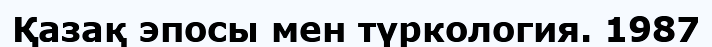
Қазақ эпосы мен түркология. 1987